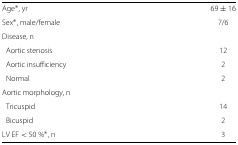
<table><thead><tr><td><b> </b></td><td><b> </b></td></tr></thead><tbody><tr><td>Age <sup>∗</sup>, yr</td><td>69±16</td></tr><tr><td>Sex <sup>∗</sup>, male/female</td><td>7/6</td></tr><tr><td>Disease, n</td><td> </td></tr><tr><td>Aortic stenosis</td><td>12</td></tr><tr><td>Aortic insufficiency</td><td>2</td></tr><tr><td>Normal</td><td>2</td></tr><tr><td>Aortic morphology, n</td><td> </td></tr><tr><td>Tricuspid</td><td>14</td></tr><tr><td>Bicuspid</td><td>2</td></tr><tr><td>LV EF &lt; 50 % <sup>∗</sup>, n</td><td>3</td></tr></tbody></table>